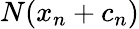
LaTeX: N(x_{n}+c_{n})